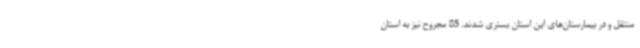
منتقل و در بیمارستان‌های این استان بستری شدند. 85 مجروح نیز به استان